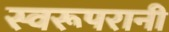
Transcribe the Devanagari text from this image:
स्वरूपरानी